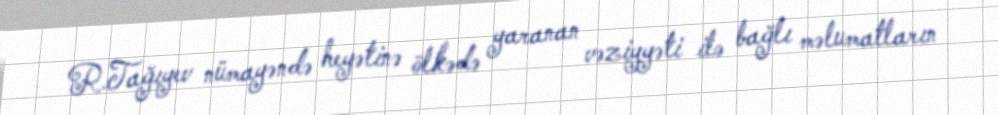
R.Tağıyev nümayəndə heyətinə ölkədə yaranan vəziyyəti ilə bağlı məlumatların